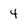
Character: 4